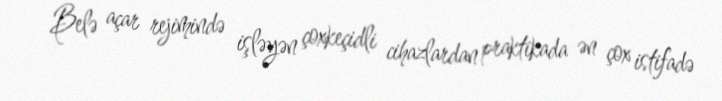
Belə açar rejimində işləyən çoxkeçidli cihazlardan praktikada ən çox istifadə